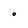
Character: O